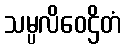
သမ္ပလိဝေဌိတံ